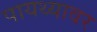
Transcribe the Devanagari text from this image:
पायथ्यावर